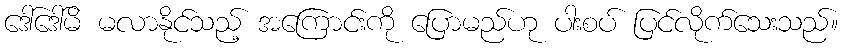
ဒေါ်ဒေါ်မိ မလာနိုင်သည့် အကြောင်းကို ပြောမည်ဟု ပါးစပ် ပြင်လိုက်သေးသည်။